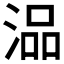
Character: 𰜗